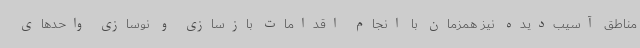
مناطق آسیب‌دیده نیز همزمان با انجام اقدامات بازسازی و نوسازی واحدهای